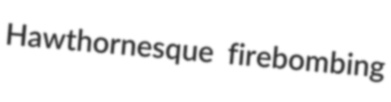
Hawthornesque firebombing